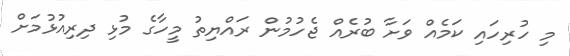
މި ހުރިހައި ކަމެއް ވަށާ ބުރެއް ޖެހުމުން ރައްޔިތު މީހާގެ މުޅި ދިރިއުޅުމަށް